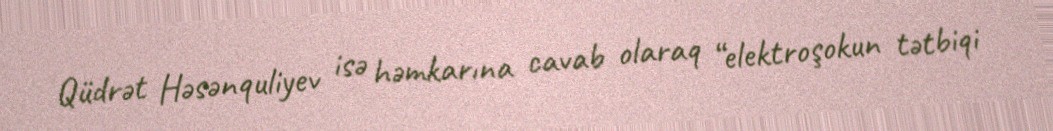
Qüdrət Həsənquliyev isə həmkarına cavab olaraq “elektroşokun tətbiqi